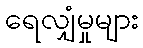
ရေလျှံမှုများ